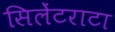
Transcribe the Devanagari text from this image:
सिलेंटराटा